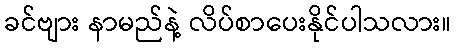
ခင်ဗျား နာမည်နဲ့ လိပ်စာပေးနိုင်ပါသလား။